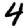
Digit: 4